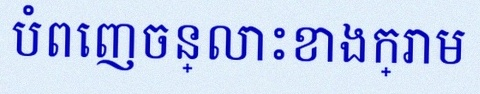
បំពេញចន្លោះខាងក្រោម